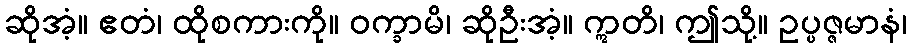
ဆိုအံ့။ ဧတံ၊ ထိုစကားကို။ ဝက္ခာမိ၊ ဆိုဦးအံ့။ ဣတိ၊ ဤသို့။ ဥပ္ပဇ္ဇမာနံ၊